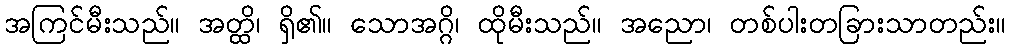
အကြင်မီးသည်။ အတ္ထိ၊ ရှိ၏။ သောအဂ္ဂိ၊ ထိုမီးသည်။ အညော၊ တစ်ပါးတခြားသာတည်း။